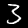
Label: 3